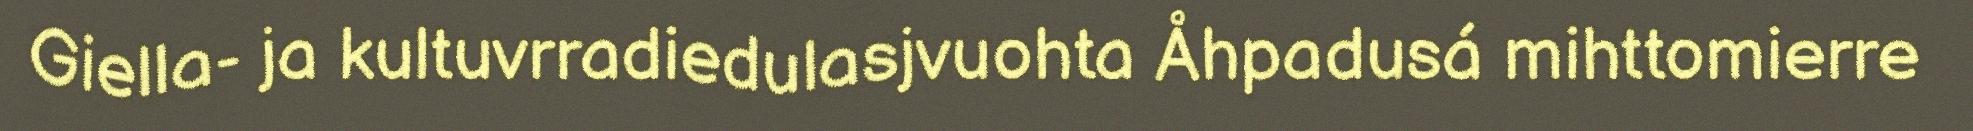
Giella- ja kultuvrradiedulasjvuohta Åhpadusá mihttomierre